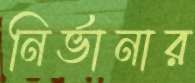
নির্ভানার